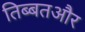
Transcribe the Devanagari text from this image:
तिब्बतऔर